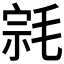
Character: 𰚠